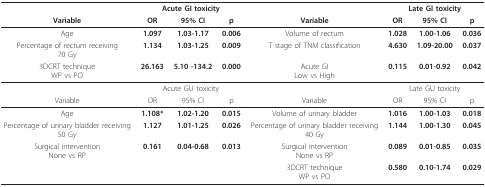
<table><thead><tr><td></td><td colspan="3"><b>Acute GI toxicity</b></td><td></td><td colspan="3"><b>Late GI toxicity</b></td></tr><tr><td><b>Variable</b></td><td><b>OR</b></td><td><b>95% CI</b></td><td><b>p</b></td><td><b>Variable</b></td><td><b>OR</b></td><td><b>95% CI</b></td><td><b>p</b></td></tr></thead><tbody><tr><td>Age</td><td><b>1.097</b></td><td><b>1.03-1.17</b></td><td><b>0.006</b></td><td>Volume of rectum</td><td><b>1.028</b></td><td><b>1.00-1.06</b></td><td><b>0.036</b></td></tr><tr><td>Percentage of rectum receiving70 Gy</td><td><b>1.134</b></td><td><b>1.03-1.25</b></td><td><b>0.009</b></td><td>T stage of TNM classification</td><td><b>4.630</b></td><td><b>1.09-20.00</b></td><td><b>0.037</b></td></tr><tr><td>3DCRT techniqueWP vs PO</td><td><b>26.163</b></td><td><b>5.10 -134.2</b></td><td><b>0.000</b></td><td>Acute GILow vs High</td><td><b>0.115</b></td><td><b>0.01-0.92</b></td><td><b>0.042</b></td></tr><tr><td></td><td colspan="3">Acute GU toxicity</td><td></td><td colspan="3">Late GU toxicity</td></tr><tr><td>Variable</td><td>OR</td><td>95% CI</td><td>p</td><td>Variable</td><td>OR</td><td>95% CI</td><td>p</td></tr><tr><td>Age</td><td><b>1.108*</b></td><td><b>1.02-1.20</b></td><td><b>0.015</b></td><td>Volume of urinary bladder</td><td><b>1.016</b></td><td><b>1.00-1.03</b></td><td><b>0.018</b></td></tr><tr><td>Percentage of urinary bladder receiving50 Gy</td><td><b>1.127</b></td><td><b>1.01-1.25</b></td><td><b>0.026</b></td><td>Percentage of urinary bladder receiving40 Gy</td><td><b>1.144</b></td><td><b>1.00-1.30</b></td><td><b>0.045</b></td></tr><tr><td>Surgical interventionNone vs RP</td><td><b>0.161</b></td><td><b>0.04-0.68</b></td><td><b>0.013</b></td><td>Surgical interventionNone vs RP</td><td><b>0.089</b></td><td><b>0.01-0.85</b></td><td><b>0.035</b></td></tr><tr><td></td><td></td><td></td><td></td><td>3DCRT techniqueWP vs PO</td><td><b>0.580</b></td><td><b>0.10-1.74</b></td><td><b>0.029</b></td></tr></tbody></table>